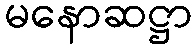
မနောဆဋ္ဌာ